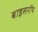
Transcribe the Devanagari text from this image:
बाइसरॉय